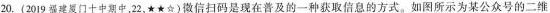
20.(2019福建厦门十中期中，22，★★☆)微信扫码是现在普及的一种获取信息的方式。如图所示为某公众号的二维